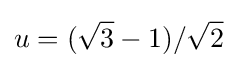
u=({\sqrt {3}}-1)/{\sqrt {2}}